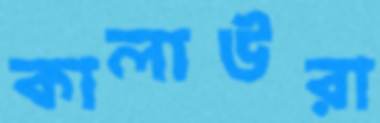
কালাউরা